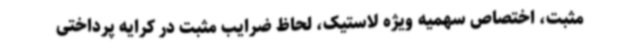
مثبت، اختصاص سهمیه ویژه لاستیک، لحاظ ضرایب مثبت در کرایه پرداختی